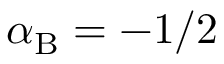
\alpha _ { \mathrm { B } } = - 1 / 2